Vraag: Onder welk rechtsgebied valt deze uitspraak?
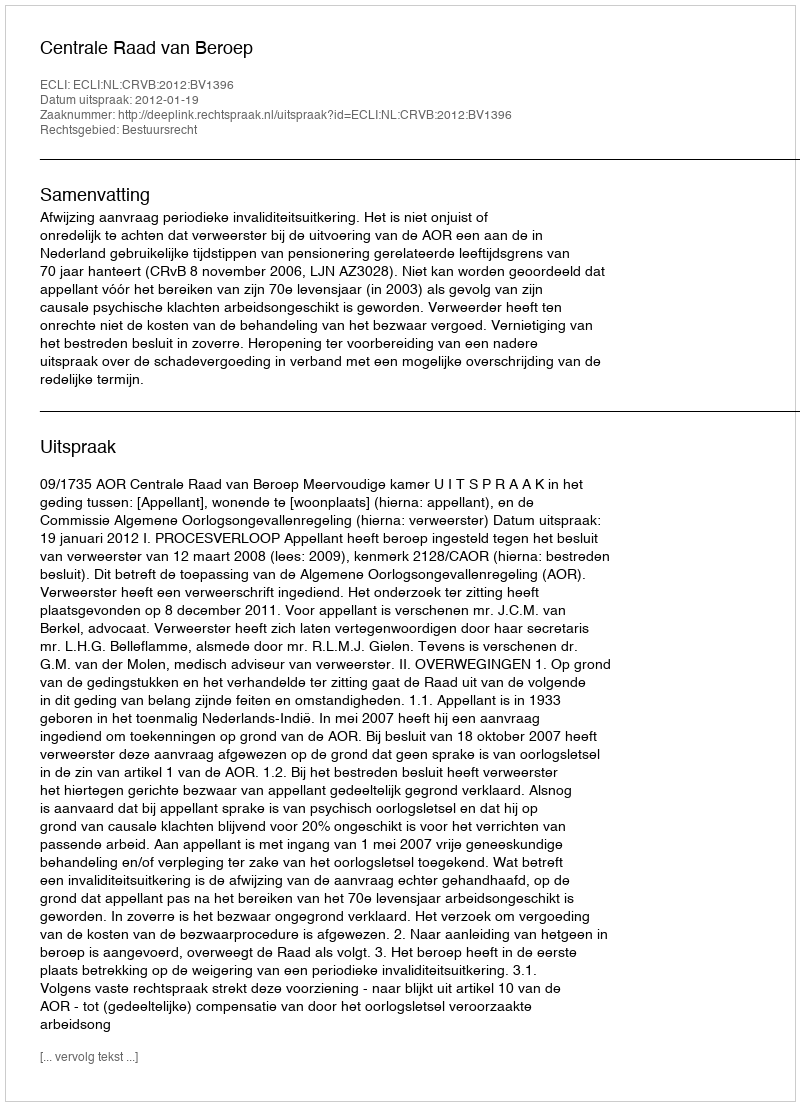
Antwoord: Bestuursrecht